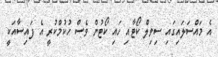
އެ މައްސަލައިގައި ސިވިލް ކޯޓާއި ހައި ކޯޓުން ވެސް ހުކުމްކުރީ އެ ފައިސާއަކީ